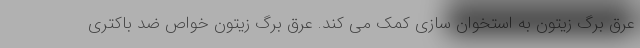
عرق برگ زیتون به استخوان سازی کمک می کند. عرق برگ زیتون خواص ضد باکتری